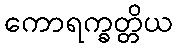
ကောရက္ခတ္တိယ